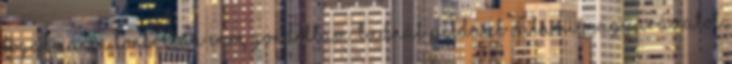
fogalma. Én konkrétan erre gondoltam. Tudnál például valami magyarázatot